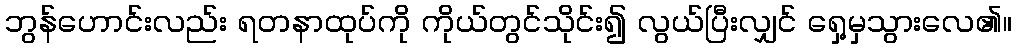
ဘွန်ဟောင်းလည်း ရတနာထုပ်ကို ကိုယ်တွင်သိုင်း၍ လွယ်ပြီးလျှင် ရှေ့မှသွားလေ၏။